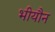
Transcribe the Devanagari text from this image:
भीयौन